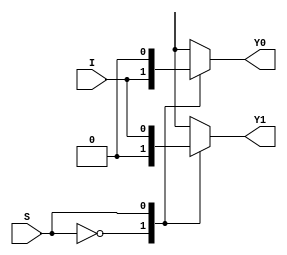
//Behavioural Modelling for 1:2 DeMux

module deMux_1_to_2_beh(I, S, Y0, Y1);
input I; input S;
output Y0, Y1; reg Y0, Y1;
always @ (I or S)
begin
case(S)
1'b0 : begin Y0 = I; Y1 = 0; end
1'b1 : begin Y1 = I; Y0 = 0; end
endcase
end
endmodule